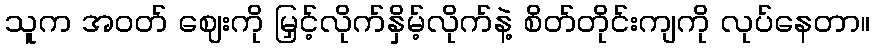
သူက အဝတ် ဈေးကို မြှင့်လိုက်နှိမ့်လိုက်နဲ့ စိတ်တိုင်းကျကို လုပ်နေတာ။